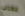
للكتاب